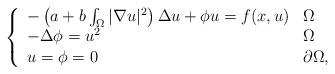
LaTeX: \begin{align*} \left\{ \begin{array}{ll} -\left(a+b\int_{\Omega}|\nabla u|^{2}\right)\Delta u +\phi u= f(x, u) &\Omega \hbox{} \\ -\Delta \phi= u^{2} &\Omega \hbox{} \\ u=\phi=0&\partial\Omega, \hbox{} \end{array} \right.\end{align*}